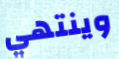
وينتهي